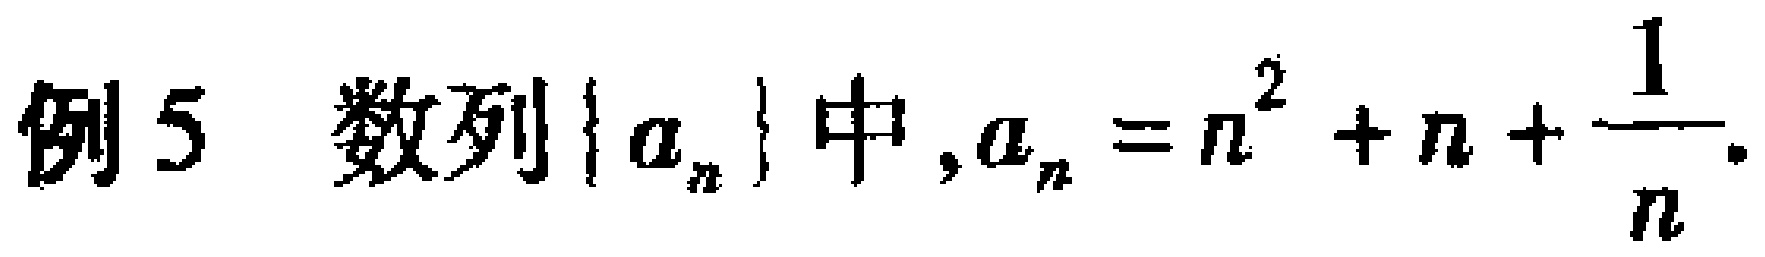
例5 数列\(\{ a_{n}\}\)中，\(a_{n}=n^{2}+n+\frac{1}{n}\)。